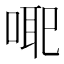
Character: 𭈳